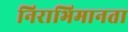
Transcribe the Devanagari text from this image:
निराभिमानता